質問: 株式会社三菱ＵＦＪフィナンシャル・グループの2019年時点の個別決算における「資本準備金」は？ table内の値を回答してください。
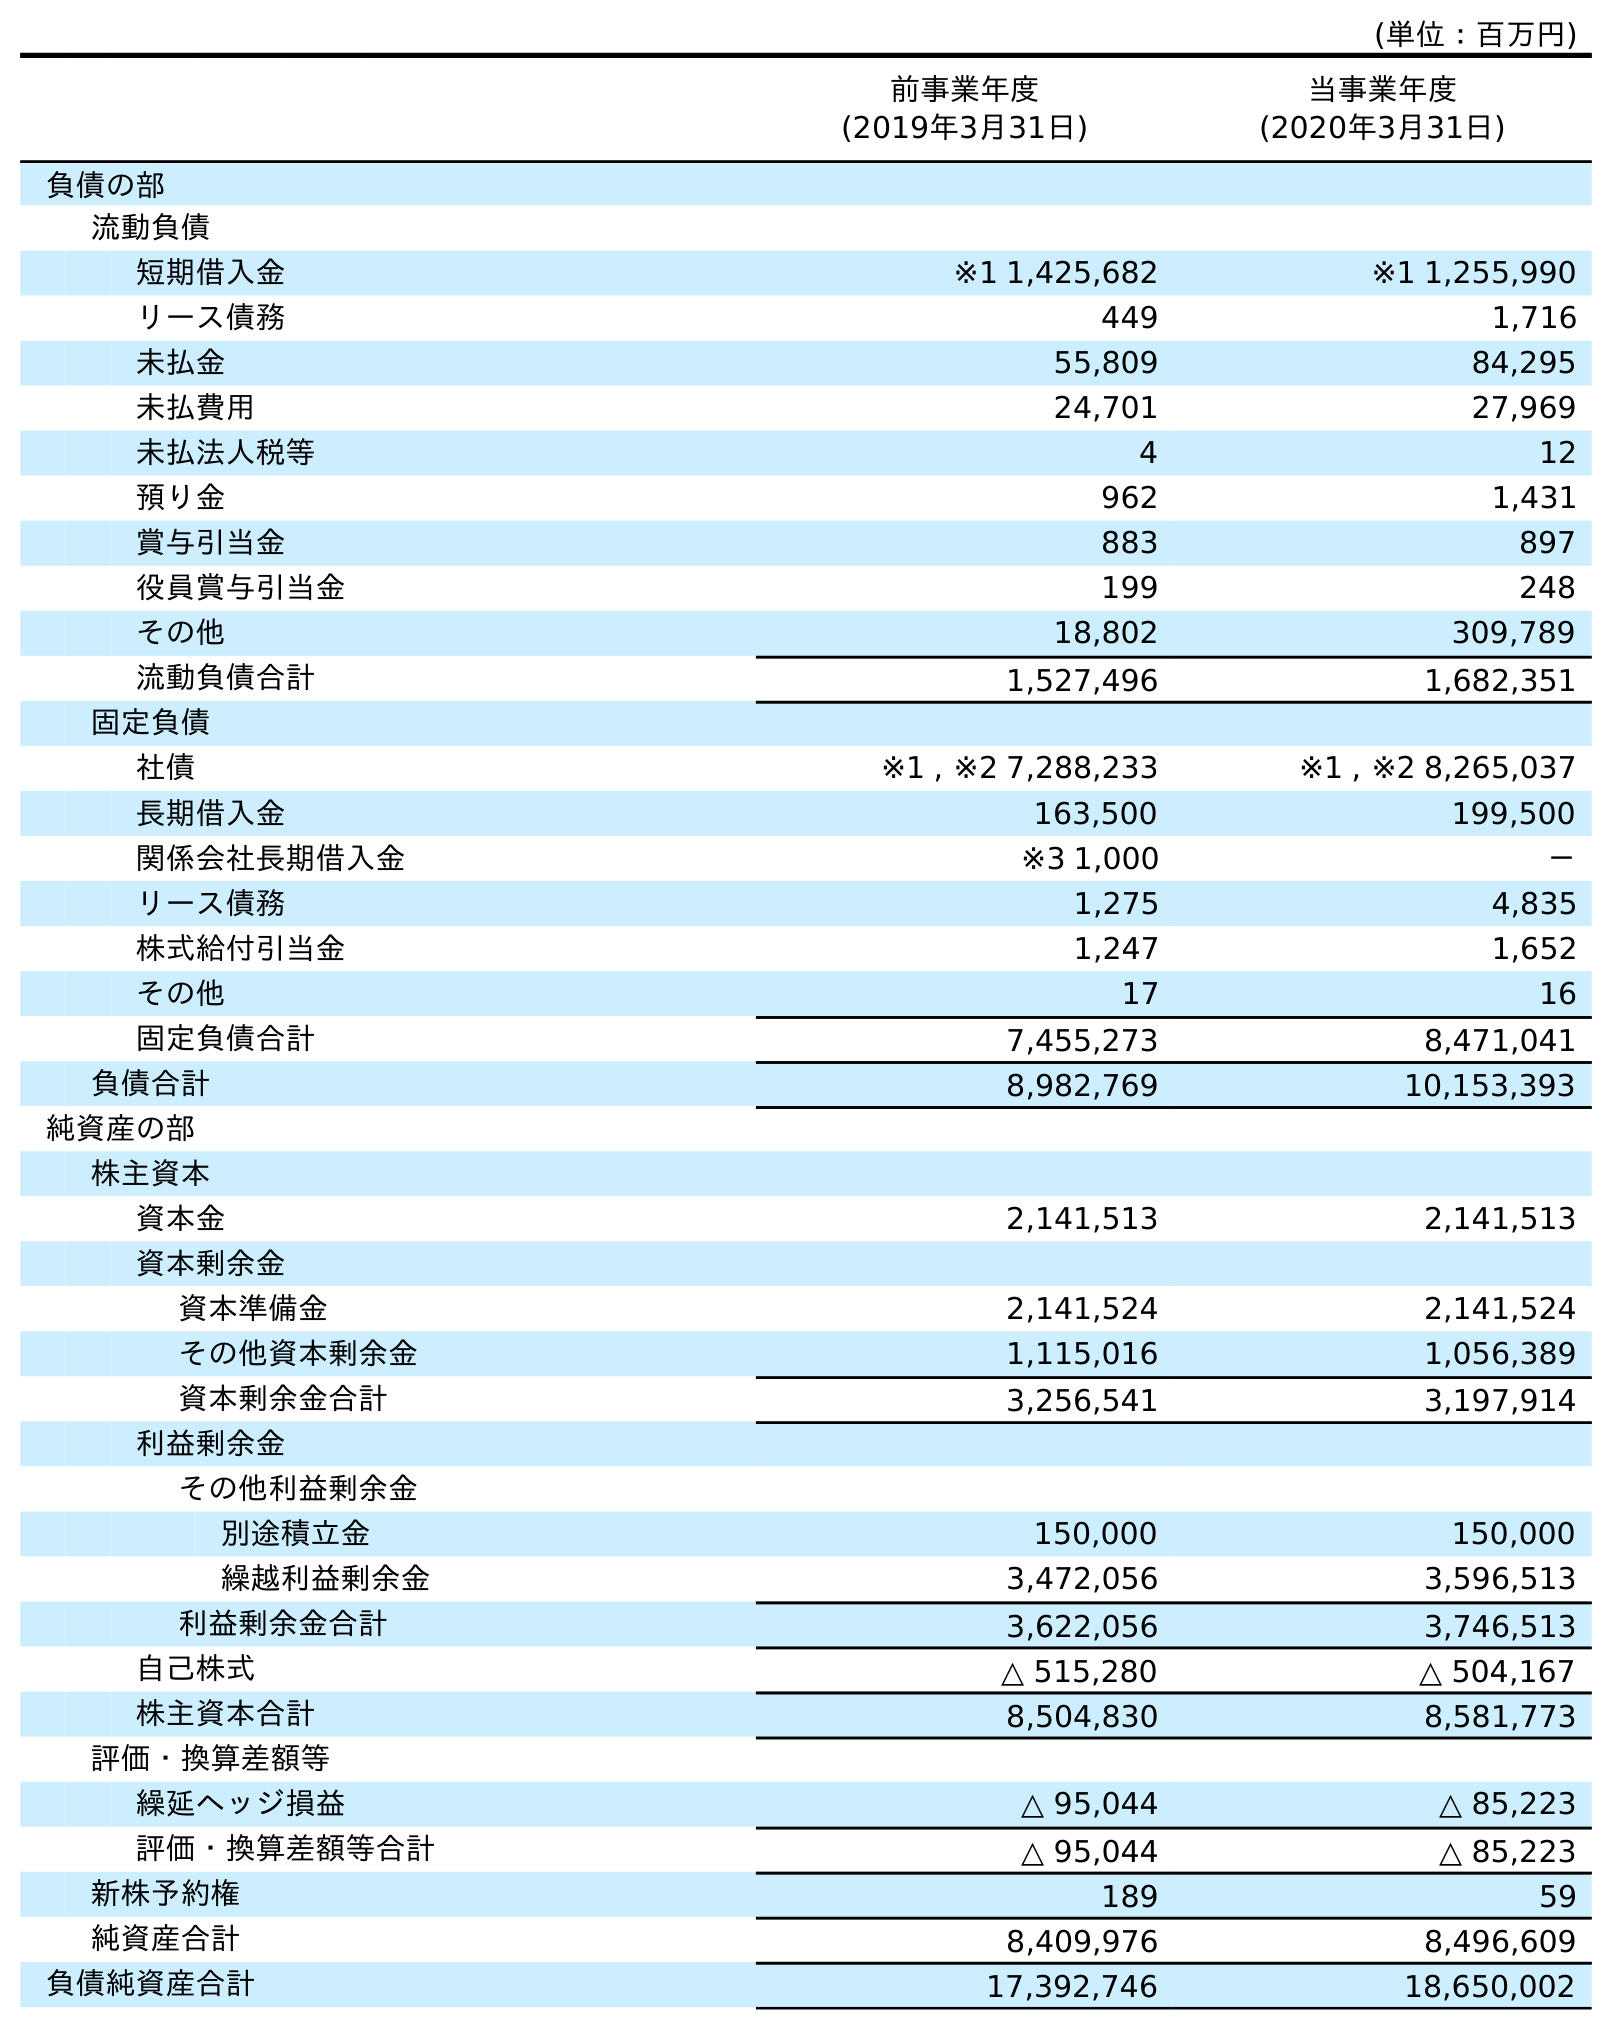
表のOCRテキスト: (単位：百万円) 前事業年度 (2019年3月31日) 当事業年度 (2020年3月31日) 負債の部 流動負債 短期借入金 ※1 1,425,682 ※1 1,255,990 リース債務 449 1,716 未払金 55,809 84,295 未払費用 24,701 27,969 未払法人税等 4 12 預り金 962 1,431 賞与引当金 883 897 役員賞与引当金 199 248 その他 18,802 309,789 流動負債合計 1,527,496 1,682,351 固定負債 社債 ※1 , ※2 7,288,233 ※1 , ※2 8,265,037 長期借入金 163,500 199,500 関係会社長期借入金 ※3 1,000 － リース債務 1,275 4,835 株式給付引当金 1,247 1,652 その他 17 16 固定負債合計 7,455,273 8,471,041 負債合計 8,982,769 10,153,393 純資産の部 株主資本 資本金 2,141,513 2,141,513 資本剰余金 資本準備金 2,141,524 2,141,524 その他資本剰余金 1,115,016 1,056,389 資本剰余金合計 3,256,541 3,197,914 利益剰余金 その他利益剰余金 別途積立金 150,000 150,000 繰越利益剰余金 3,472,056 3,596,513 利益剰余金合計 3,622,056 3,746,513 自己株式 △ 515,280 △ 504,167 株主資本合計 8,504,830 8,581,773 評価・換算差額等 繰延ヘッジ損益 △ 95,044 △ 85,223 評価・換算差額等合計 △ 95,044 △ 85,223 新株予約権 189 59 純資産合計 8,409,976 8,496,609 負債純資産合計 17,392,746 18,650,002
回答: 2,141,524